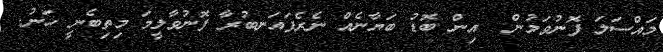
މައްސަލަ ފޮނުވަމުން  އިން ބޮޑު ބަޔާނެއް ނެރެފައަނބުރާ ފޮނުވާލީމަ މިތިބެނީ ހަނު.